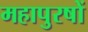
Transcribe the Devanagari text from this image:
महापुरषों